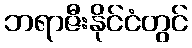
ဘရာဇီးနိုင်ငံတွင်